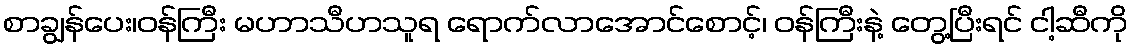
စာချွန်ပေး၊ဝန်ကြီး မဟာသီဟသူရ ရောက်လာအောင်စောင့်၊ ဝန်ကြီးနဲ့ တွေ့ပြီးရင် ငါ့ဆီကို